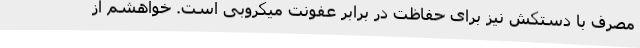
مصرف با دستکش نیز برای حفاظت در برابر عفونت میکروبی است. خواهشم از